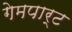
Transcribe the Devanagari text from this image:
गेमपार्ट